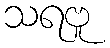
သရဗူ